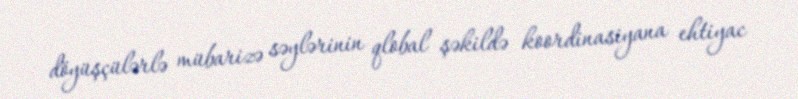
döyüşçülərlə mübarizə səylərinin qlobal şəkildə koordinasiyana ehtiyac